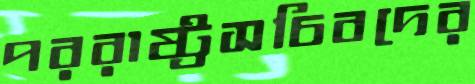
পররাষ্ট্রসচিবদের